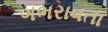
ગભરાવતા